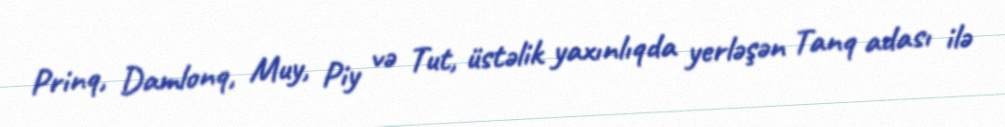
Prinq, Damlonq, Muy, Piy və Tut, üstəlik yaxınlıqda yerləşən Tanq adası ilə